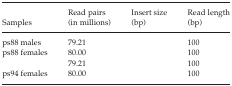
<table><thead><tr><td><b>Samples</b></td><td><b>Read pairs (in millions)</b></td><td><b>Insert size (bp)</b></td><td><b>Read length (bp)</b></td></tr></thead><tbody><tr><td>ps88 males</td><td>79.21</td><td>[EMPTY_CELL]</td><td>100</td></tr><tr><td>ps88 females</td><td>80.00</td><td>[EMPTY_CELL]</td><td>100</td></tr><tr><td>[EMPTY_CELL]</td><td>79.21</td><td>[EMPTY_CELL]</td><td>100</td></tr><tr><td>ps94 females</td><td>80.00</td><td>[EMPTY_CELL]</td><td>100</td></tr></tbody></table>